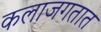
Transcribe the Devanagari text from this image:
कलाजगतात